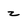
Character: z